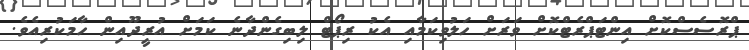
ޕްރޮސެސްކޮށް އިންޓަޕްރެޓްކޮށް ވަރަށް ހަލުވިކަމާއި އެކު ރިޕޯޓް ލިބިގެންދާނެ ކަމަށް އުރީދޫއިން ހާމަކުރިއެވެ.